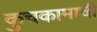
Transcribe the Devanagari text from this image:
कुचकामाची